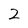
Character: 2